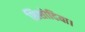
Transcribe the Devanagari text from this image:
शिशोदिया।